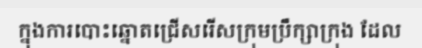
ក្នុងការបោះឆ្នោតជ្រើសរើសក្រុមប្រឹក្សាក្រុង ដែល